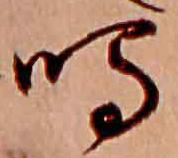
鳴